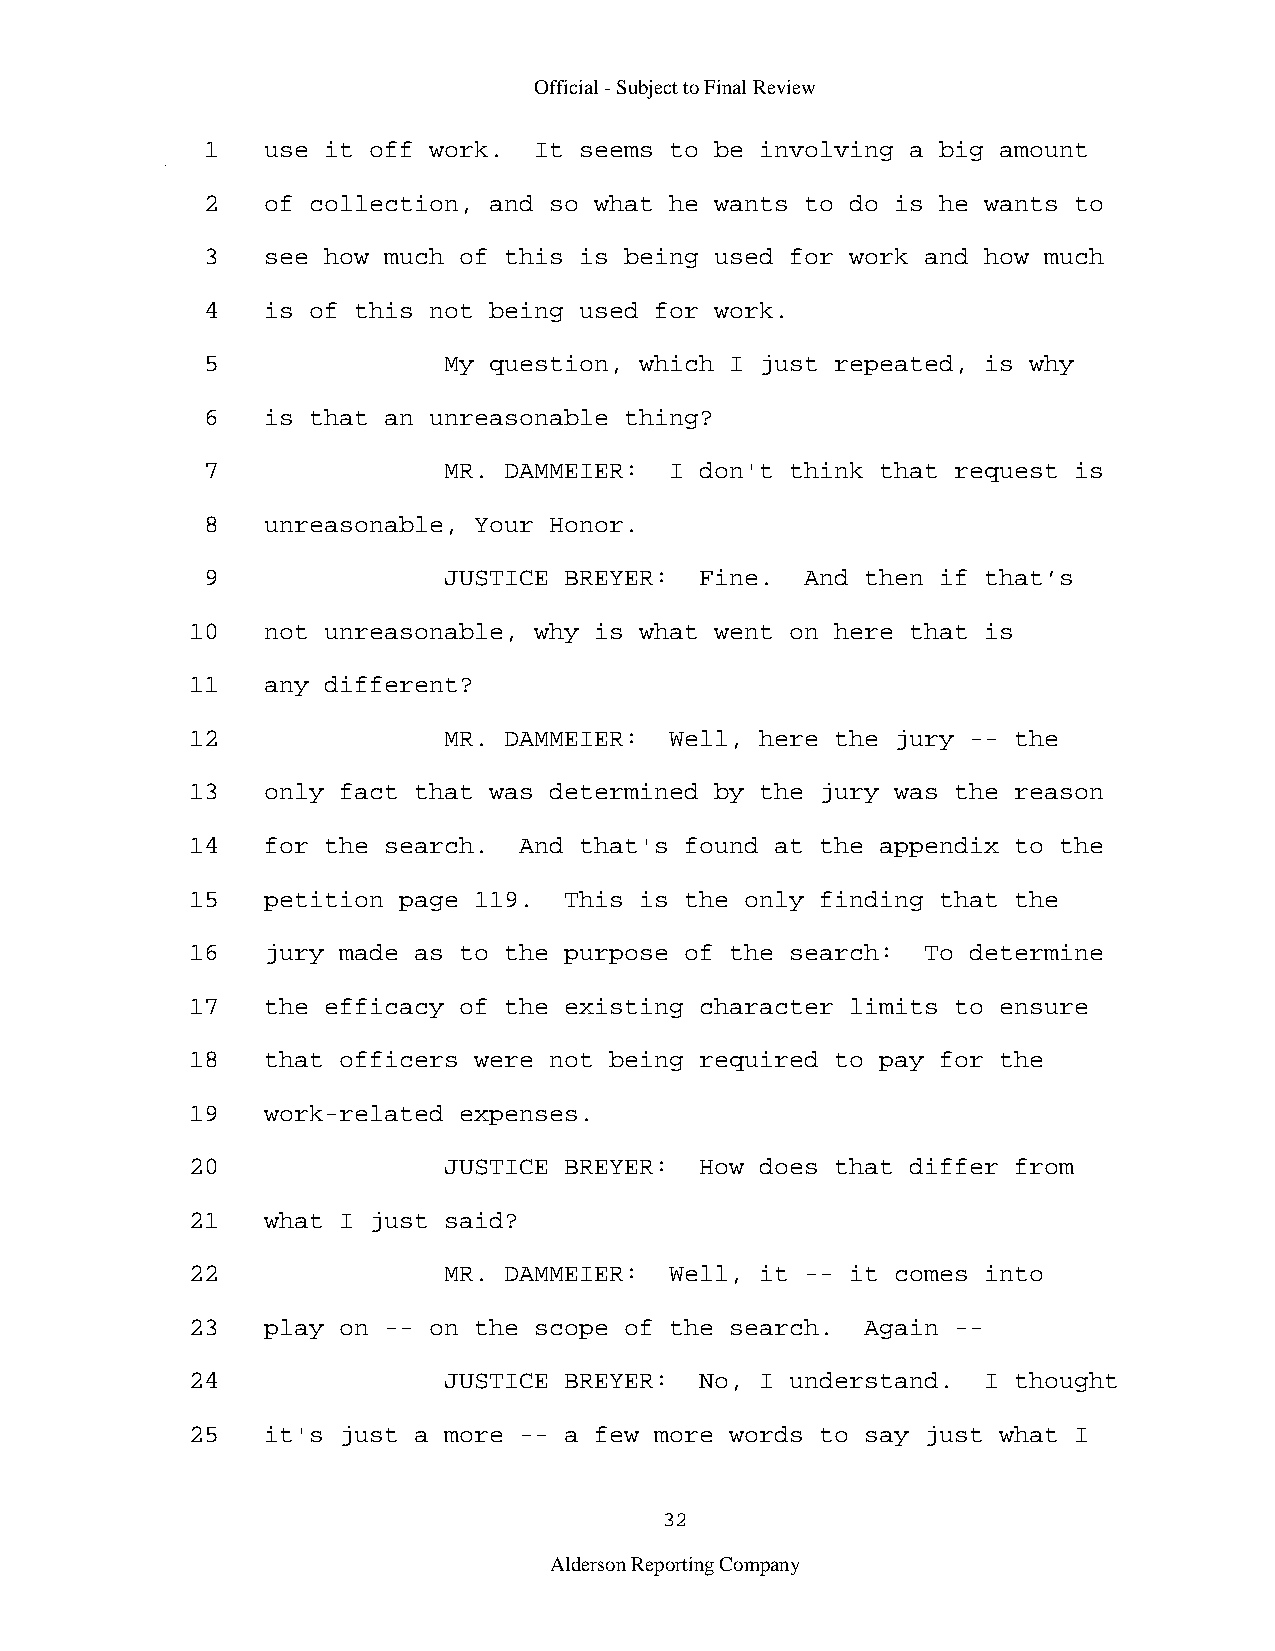
Official - Subject to Final Review
 1   use it off work.  It seems to be involving a big amount
 2   of collection, and so what he wants to do is he wants to
 3   see how much of this is being used for work and how much
 4   is of this not being used for work.
 5               My question, which I just repeated, is why
 6   is that an unreasonable thing?
 7               MR. DAMMEIER:  I don't think that request is
 8   unreasonable, Your Honor.
 9               JUSTICE BREYER:  Fine.  And then if that’s
 10   not unreasonable, why is what went on here that is
 11   any different?
 12               MR. DAMMEIER:  Well, here the jury -- the
 13   only fact that was determined by the jury was the reason
 14   for the search.  And that's found at the appendix to the
 15   petition page 119.  This is the only finding that the
 16   jury made as to the purpose of the search:  To determine
 17   the efficacy of the existing character limits to ensure
 18   that officers were not being required to pay for the
 19   work-related expenses.
 20               JUSTICE BREYER:  How does that differ from
 21   what I just said?
 22               MR. DAMMEIER:  Well, it -- it comes into
 23   play on -- on the scope of the search.  Again --
 24               JUSTICE BREYER:  No, I understand.  I thought
 25   it's just a more -- a few more words to say just what I
 32
 Alderson Reporting Company